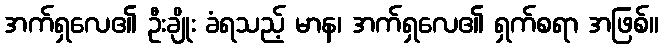
အက်ရှလေ၏ ဦးချိုး ခံရသည့် မာန၊ အက်ရှလေ၏ ရှက်စရာ အဖြစ်။